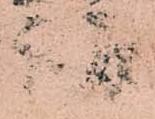
護